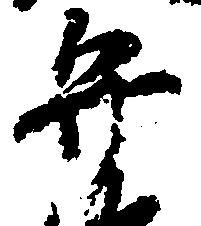
弁